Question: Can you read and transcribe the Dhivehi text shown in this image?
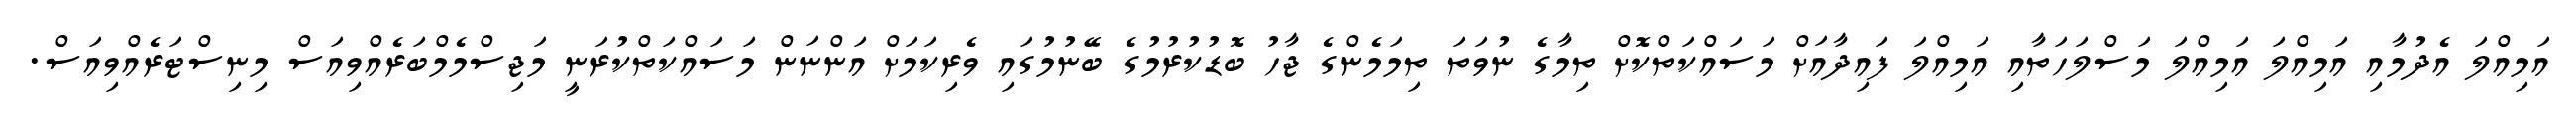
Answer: އަމިއްލަ އެދުމާއި އަމިއްލަ އަމިއްލަ މަސްލަހަތާއި އަމިއްލަ ފައިދާއަށް މަސައްކަތްކޮށް ތިމާގެ ނުވަތަ ތިމަމެންގެ ޖާހު ބޮޑުކުރުމުގެ ބޭނުމުގައި ވެރިކަމަށް އަންނަން މަސައްކަތްކުރަނީ މަޖިސްމެމްބަރެއްވިއަސް މިނިސްޓަރެއްވިއަސް.